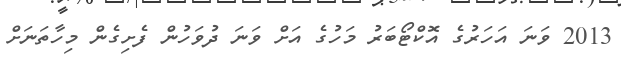
2013 ވަނަ އަހަރުގެ އޮކްޓޯބަރު މަހުގެ އަށް ވަނަ ދުވަހުން ފެށިގެން މިހާތަނަށް